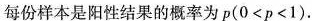
每份样本是阳性结果的概率为$$p(0<p<1)$$。